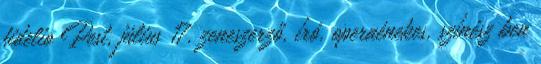
fidelio Pest, július 17. zeneszerző, író, operaénekes, színész ben